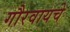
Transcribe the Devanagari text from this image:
गौरवायचे